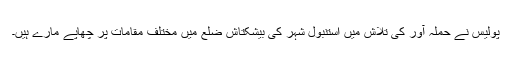
پولیس نے حملہ آور کی تلاش میں استنبول شہر کی بیشکتاش ضلع میں مختلف مقامات پر چھاپے مارے ہیں۔